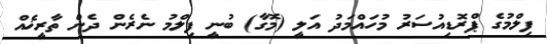
ފިލްމުގެ ޕްރޮޑިއުސަރު މުހައްމަދު އަލީ (މޮގާ) ބުނީ ފިލްމު ނެރެން ދެން ތާރީޚެއް